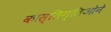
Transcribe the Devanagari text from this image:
कास्तिग्लिओने